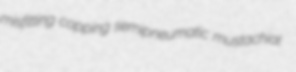
misfitting copping semipneumatic mustachial